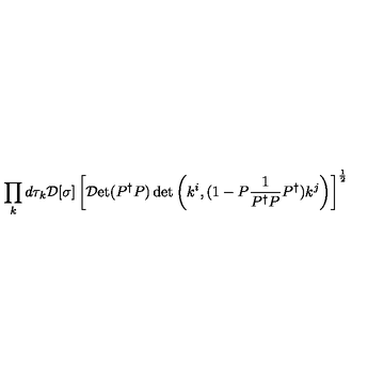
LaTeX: \displaystyle \prod _ { k } d \tau _ { k } { \cal D } [ \sigma ] \left[ { \cal D } \mathrm { e t } ( P ^ { \dag } P ) \det \left( k ^ { i } , ( 1 - P \frac { 1 } { P ^ { \dag } P } P ^ { \dag } ) k ^ { j } \right) \right] ^ { \frac { 1 } { 2 } }